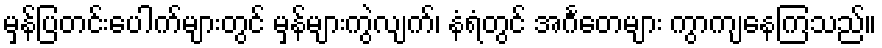
မှန်ပြတင်းပေါက်များတွင် မှန်များကွဲလျက်၊ နံရံတွင် အင်္ဂတေများ ကွာကျနေကြသည်။